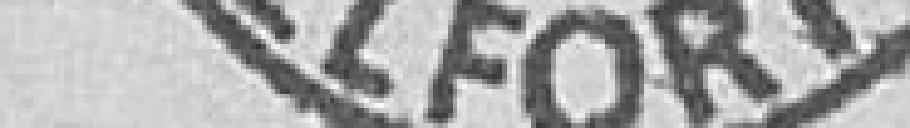
Archives Ville de Belfort